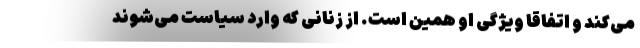
می‌کند و اتفاقا ویژگی او همین است. از زنانی که وارد سیاست می‌شوند